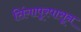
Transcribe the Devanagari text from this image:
सिंगापूरपासून